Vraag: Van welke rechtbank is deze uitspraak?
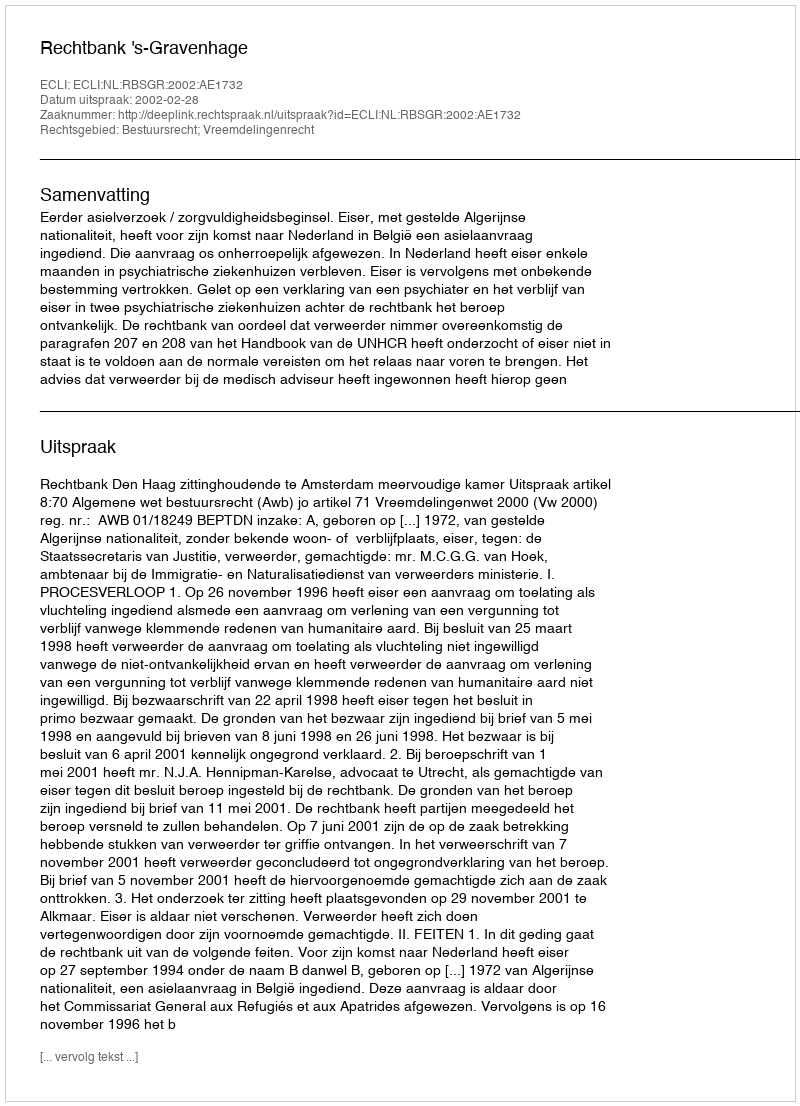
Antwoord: Rechtbank 's-Gravenhage